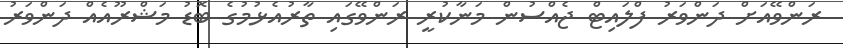
ރަންވޭއަށް ދަންވަރު ފްލައިޓް ޖެއްސުން މަނާކުރީ ރަންވޭގައި ތާރުއެޅުމުގެ ބޮޑު މަޝްރޫއެއް ދަންވަރު